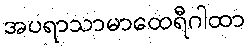
အပရာသာမာထေရီဂါထာ